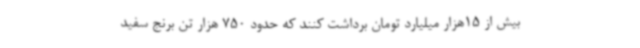
بیش از 15هزار میلیارد تومان برداشت کنند که حدود 750 هزار تن برنج سفید